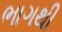
ભાગથી